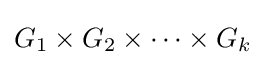
G_{1}\times G_{2}\times \cdots \times G_{k}